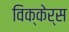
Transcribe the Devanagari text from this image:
विक्केर्स